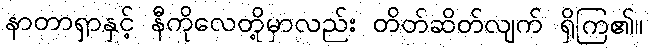
နာတာရှာနှင့် နီကိုလေတို့မှာလည်း တိတ်ဆိတ်လျက် ရှိကြ၏။